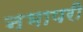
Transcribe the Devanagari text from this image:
नभापरी